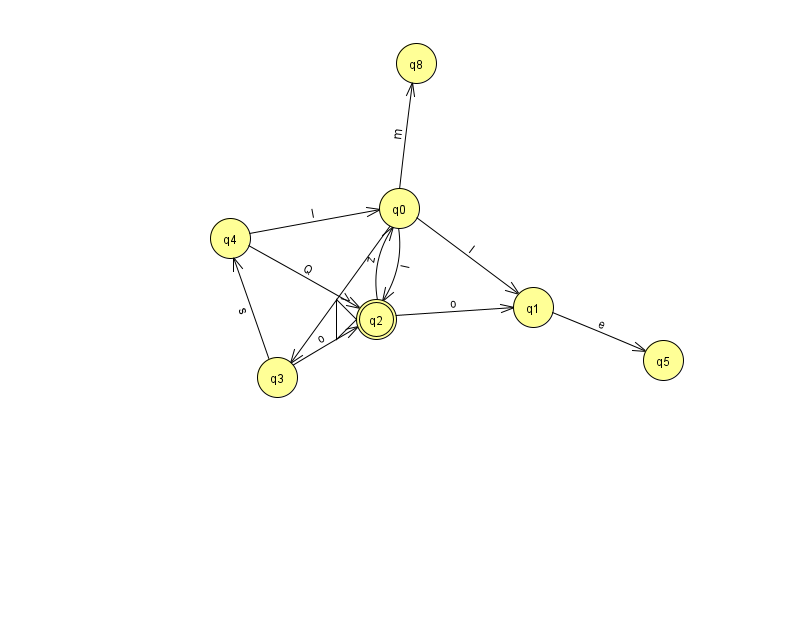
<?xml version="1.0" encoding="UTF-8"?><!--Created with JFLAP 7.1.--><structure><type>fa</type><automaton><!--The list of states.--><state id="0" name="q0"><x>399.0</x><y>195.0</y></state><state id="1" name="q1"><x>533.0</x><y>294.0</y></state><state id="2" name="q2"><x>376.0</x><y>306.0</y><initial/><final/></state><state id="3" name="q3"><x>277.0</x><y>364.0</y></state><state id="4" name="q4"><x>230.0</x><y>225.0</y></state><state id="5" name="q5"><x>663.0</x><y>347.0</y></state><state id="8" name="q8"><x>416.0</x><y>50.0</y></state><!--The list of transitions.--><transition><from>4</from><to>2</to><read>Q</read></transition><transition><from>1</from><to>5</to><read>e</read></transition><transition><from>3</from><to>2</to><read>o</read></transition><transition><from>0</from><to>8</to><read>m</read></transition><transition><from>3</from><to>4</to><read>s</read></transition><transition><from>2</from><to>0</to><read>z</read></transition><transition><from>2</from><to>1</to><read>o</read></transition><transition><from>0</from><to>1</to><read>I</read></transition><transition><from>0</from><to>2</to><read>l</read></transition><transition><from>0</from><to>3</to><read>V</read></transition><transition><from>4</from><to>0</to><read>l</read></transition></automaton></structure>